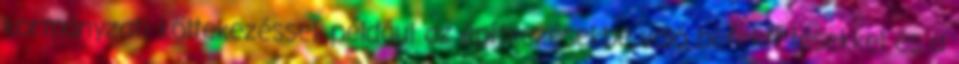
kormányzati költekezéssel, például az építkezésekbe való befektetésekkel és a